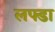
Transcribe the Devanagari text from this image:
लफ्डा